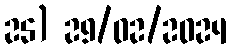
25) 29/02/2024